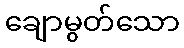
ချောမွတ်သော